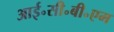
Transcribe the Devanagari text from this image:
आई॰सी॰बी॰एम